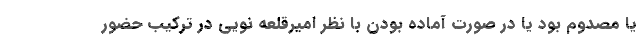
یا مصدوم بود یا در صورت آماده بودن با نظر امیرقلعه نویی در ترکیب حضور